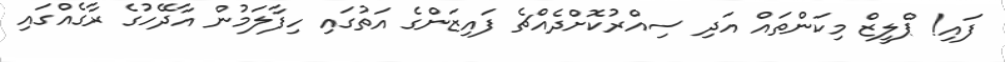
ފައި! ޕްލީޒް މިކަންތައް އަދި ސިއްރުކޮށްދެއްޗެ ފައިޒަންގެ އަތުގައި ހިފާލަމުން އާދޭހުގެ ރާގެއްގައި